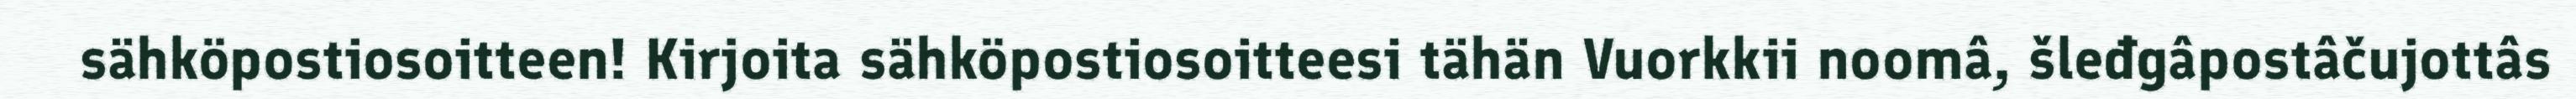
sähköpostiosoitteen! Kirjoita sähköpostiosoitteesi tähän Vuorkkii noomâ, šleđgâpostâčujottâs